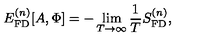
E _ { \mathrm { F D } } ^ { ( n ) } [ A , \Phi ] = - \lim _ { T \rightarrow \infty } \frac { 1 } { T } S _ { \mathrm { F D } } ^ { ( n ) } ,